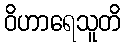
ဝိဟာရေသူတိ